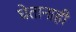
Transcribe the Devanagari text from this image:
घेतानाही